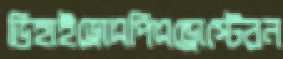
ডিহাইড্রোএপিএন্ড্রোস্টেরন